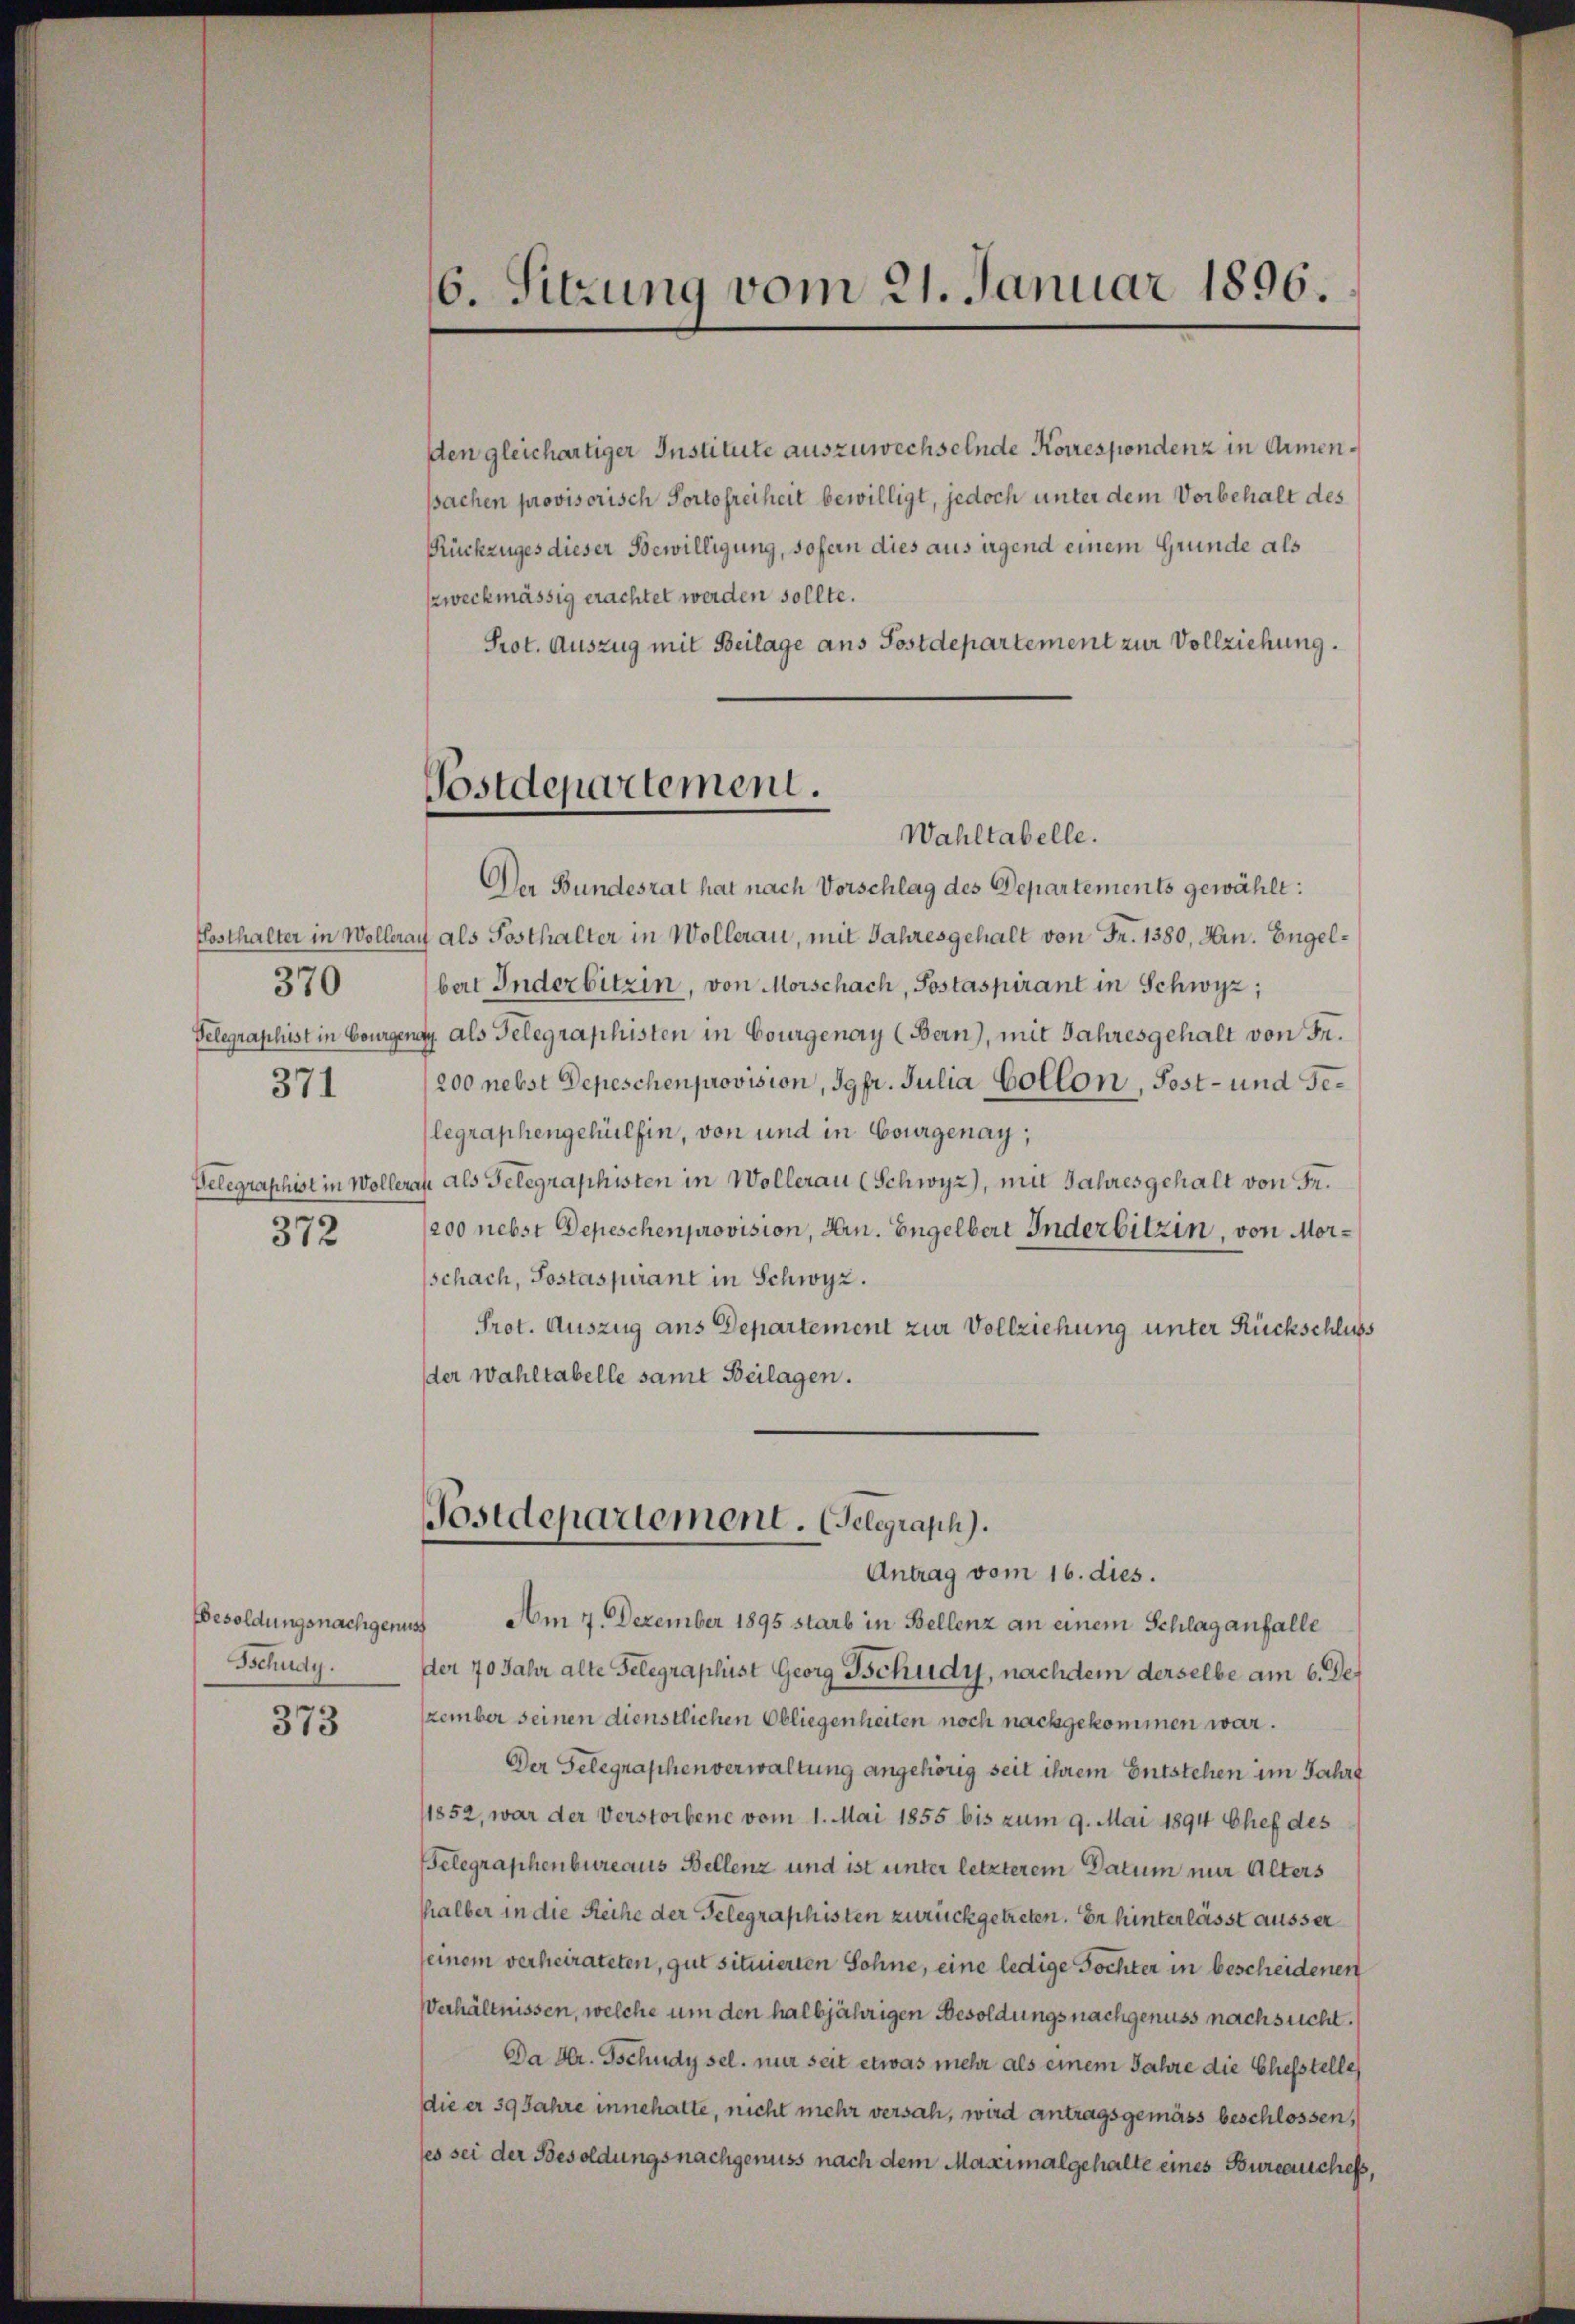
371
372

370

Besoldungsnachgenus
Tschudy.

373

6. Sitzung vom 21. Januar 1896.

den gleichartiger Institute auszuwechselnde Korrespondenz in Armensachen provisorisch Portofreiheit bewilligt, jedoch unter dem Vorbehalt des
Rückzuges dieser Bewilligung, sofern dies aus irgend einem Grunde als
szweckmässig erachtet werden sollte.
Prot. Auszug mit Beilage ans Postdepartement zur Vollziehung.

Postdepartement.
Wahltabelle.

Der Bundesrat hat nach Vorschlag des Departements gewählt:
Posthalter in Wollerau als Posthalter in Wollerau, mit Jahresgehalt von Fr. 1380, Hrn. Engelbert Inderbitzin, von Morschach, Sostaspirant in Schwyz;
Telegraphist in Bourgenay, als Telegraphisten in Courgenay (Bern), mit Jahresgehalt von Fr.
200 nebst Depeschenprovision, Igpr. Julia Collon, Post- und Gelegraphengehülfen, von und in Courgenay,
Telegraphist in Wolleran als Gelegraphisten in Wollerau (Schwyz), mit Jahresgehalt von Fr.
/200 nebst Depeschenprovision, Hrn. Engelbert Inderbitzin, von Morschach, Postaspirant in Schwyz.
Prot. Auszug aus Departement zur Vollziehung unter Rückschluss
der Wahltabelle samt Beilagen.

Postdepartement. Gelegraph).
Antrag vom 16. dies.

Am 4. Dezember 1895 starb in Bellenz an einem Schlaganfalle
der 70 Jahr alte Telegraphist Georg Bchudy, nachdem derselbe am 6. Dez
zember seinen dienstlichen Obliegenheiten noch nachgekommen war.
Der Gelegraphenverwaltung angehörig seit ihrem Entstehen im Jahr
11852, war der Verstorbene vom 1. Mai 1855 bis zum 9. Mai 1894 Chef des
Belegraphenbureaus Bellenz und ist unter letzterem Datum mir Alters
halber in die Reihe der Gelegraphisten zurückgetreten. Er hinterlässt äusser
seinem verheirateten, gut situierten Sohne, eine ledige Tochter in bescheidenen
Verhältnissen, welche um den halbjährigen Besoldungs nachgenuss nachsucht.
Da Hr. Tschudy sel. nur seit etwas mehr als einem Jahre die Chefstelle
die er 39 Jahre innehatte, nicht mehr versah, wird antragsgemäss beschlossen,
ses sei der Besoldungsnachgenuss nach dem Maximalgehalte eines Bureauches,